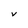
Character: V